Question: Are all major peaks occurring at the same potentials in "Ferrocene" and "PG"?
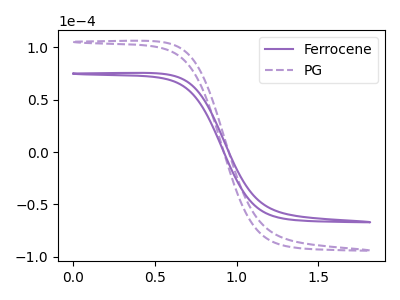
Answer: <think>The purple curve "Ferrocene" has no peaks. The purple dashed curve "PG" has no peaks.</think>
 <answer>Niether CV has any peaks.</answer>
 <eval>blanks</eval>